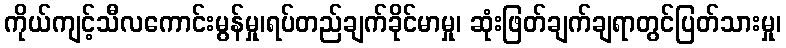
ကိုယ်ကျင့်သီလကောင်းမွန်မှု၊ရပ်တည်ချက်ခိုင်မာမှု၊ ဆုံးဖြတ်ချက်ချရာတွင်ပြတ်သားမှု၊